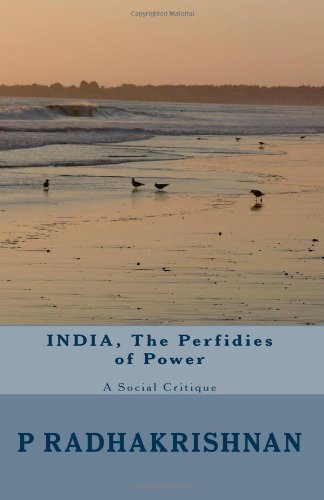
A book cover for INDIA, The Perfidies of Power: A Social Critique; Radhakrishnan P; Crafts, Hobbies & Home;